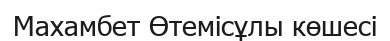
Махамбет Өтемісұлы көшесі